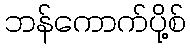
ဘန်ကောက်ပို့စ်